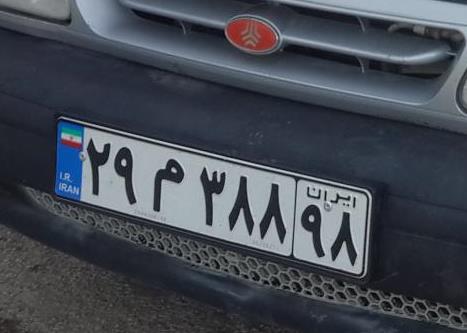
۲۹م۳۸۸۹۸